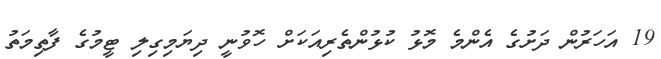
19 އަހަރުން ދަށުގެ އެންމެ މޮޅު ކުޅުންތެރިއަކަށް ހޮވުނީ ދިޔަމިގިލި ޓީމުގެ ފާތިމަތު